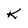
Character: k